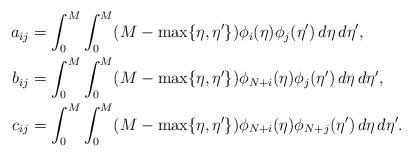
LaTeX: \begin{align*} a_{ij} &= \int_0^M\int_0^M(M-\max\{\eta,\eta'\})\phi_i(\eta)\phi_j(\eta')\,d\eta\,d\eta', \\b_{ij} &= \int_0^M\int_0^M(M-\max\{\eta,\eta'\})\phi_{N+i}(\eta)\phi_j(\eta')\,d\eta\,d\eta', \\c_{ij} &= \int_0^M\int_0^M(M-\max\{\eta,\eta'\})\phi_{N+i}(\eta)\phi_{N+j}(\eta')\,d\eta\,d\eta'. \end{align*}